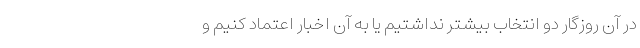
در آن روزگار دو انتخاب بیشتر نداشتیم یا به آن اخبار اعتماد کنیم و